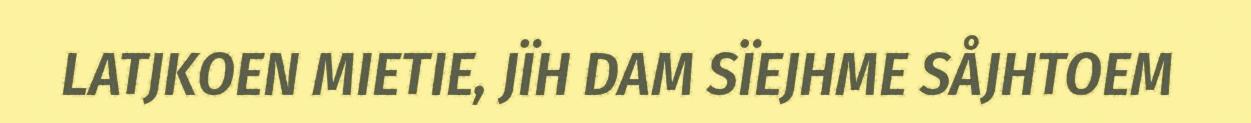
LATJKOEN MIETIE, JÏH DAM SÏEJHME SÅJHTOEM